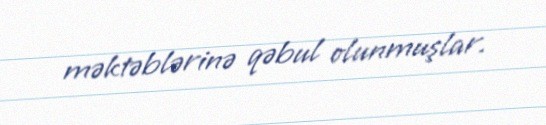
məktəblərinə qəbul olunmuşlar.